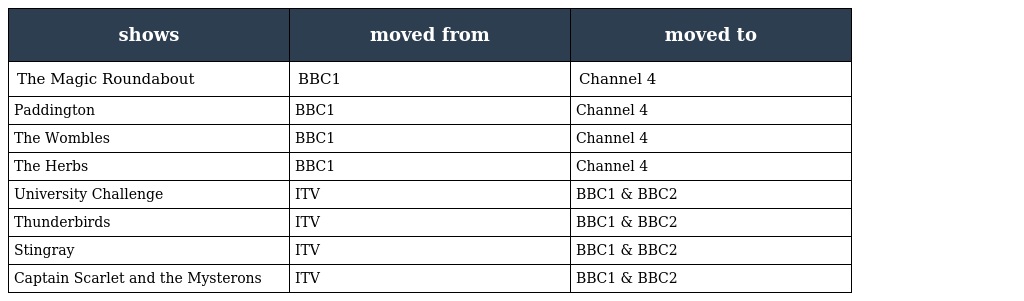
| shows | moved from | moved to |
 | --- | --- | --- |
 | The Magic Roundabout | BBC1 | Channel 4 |
 | Paddington | BBC1 | Channel 4 |
 | The Wombles | BBC1 | Channel 4 |
 | The Herbs | BBC1 | Channel 4 |
 | University Challenge | ITV | BBC1 & BBC2 |
 | Thunderbirds | ITV | BBC1 & BBC2 |
 | Stingray | ITV | BBC1 & BBC2 |
 | Captain Scarlet and the Mysterons | ITV | BBC1 & BBC2 |